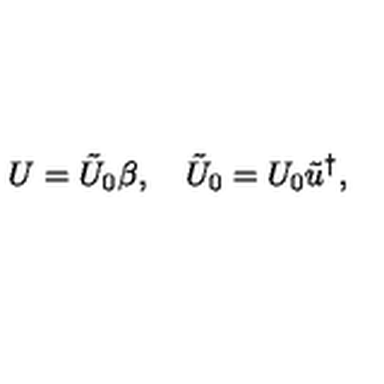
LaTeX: U = \tilde { U } _ { 0 } \beta , \quad \tilde { U } _ { 0 } = U _ { 0 } \tilde { u } ^ { \dag } ,